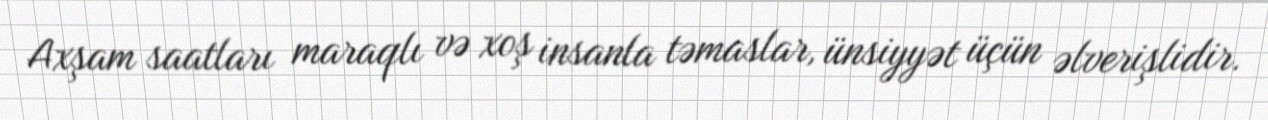
Axşam saatları maraqlı və xoş insanla təmaslar, ünsiyyət üçün əlverişlidir.